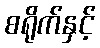
စရိုက်နှင့်